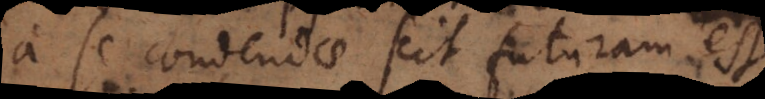
a se condendae scit futuram ess